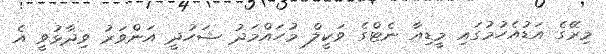
މިރޭގެ އަޑުއެހުމުގައި މީޑިއާ ނެޓްގެ ވަކީލް މުހައްމަދު ޝަހުދީ އަންވަރު ވިދާޅުވީ އެ